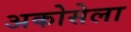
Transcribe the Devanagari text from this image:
अकोसेला